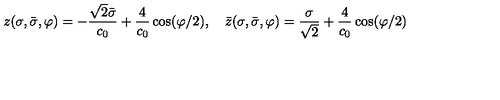
z ( \sigma , \bar { \sigma } , \varphi ) = - \frac { \sqrt { 2 } \bar { \sigma } } { c _ { 0 } } + \frac { 4 } { c _ { 0 } } \cos ( \varphi / 2 ) , \quad \bar { z } ( \sigma , \bar { \sigma } , \varphi ) = \frac { \sigma } { \sqrt { 2 } } + \frac { 4 } { c _ { 0 } } \cos ( \varphi / 2 )